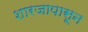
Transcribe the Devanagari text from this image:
शारजापासून